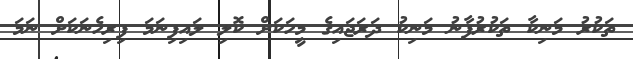
ތަކުރު މަނިކާ ތަކުރުފާނު މަނިކު ދަރަޖައިގެ މީހަކަށް ކޮލި ލައިފިނަމަ ފިރިހެނަކަށް ނަމަ